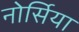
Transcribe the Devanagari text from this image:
नोर्सिया